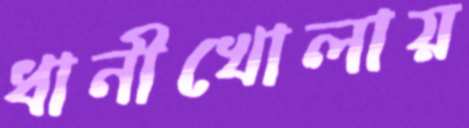
ধানীখোলায়